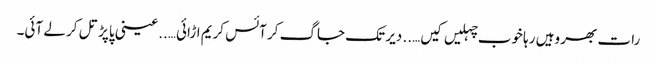
رات بھر وہیں رہا خوب چہلیں کیں….. دیر تک جاگ کر آئس کریم اڑائی…..عینی پاپڑ تل کر لے آئی۔